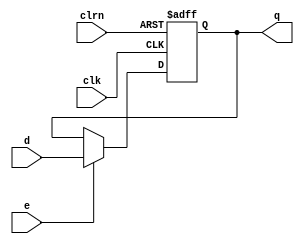
`timescale 1ns / 1ps
//////////////////////////////////////////////////////////////////////////////////
// Company: 
// Engineer: 
// 
// Design Name: 
// Module Name:    dffe32 
// Project Name: 
// Target Devices: 
// Tool versions: 
// Description: 
//
// Dependencies: 
//
// Revision: 
// Revision 0.01 - File Created
// Additional Comments: 
//
//////////////////////////////////////////////////////////////////////////////////
module dffe32 (d,clk,clrn,e,q); // a 32-bit register
input [31:0] d; // input d
input e; // e: enable
input clk, clrn; // clock and reset
output reg [31:0] q; // output q
always @(negedge clrn or posedge clk)
if (!clrn) q <= 0; // q = 0 if reset
else if (e) q <= d; // save d if enabled
endmodule